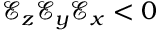
\mathcal { E } _ { z } \mathcal { E } _ { y } \mathcal { E } _ { x } < 0